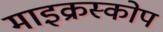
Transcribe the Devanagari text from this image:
माइक्रस्कोप